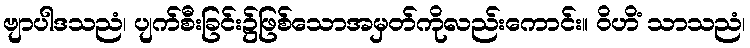
ဗျာပါဒသညံ၊ ပျက်စီးခြင်း၌ဖြစ်သောအမှတ်ကိုလည်းကောင်း။ ဝိဟိံ သာသညံ၊